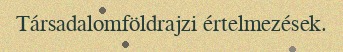
Társadalomföldrajzi értelmezések.